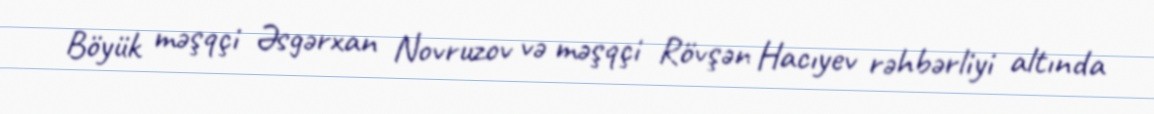
Böyük məşqçi Əsgərxan Novruzov və məşqçi Rövşən Hacıyev rəhbərliyi altında